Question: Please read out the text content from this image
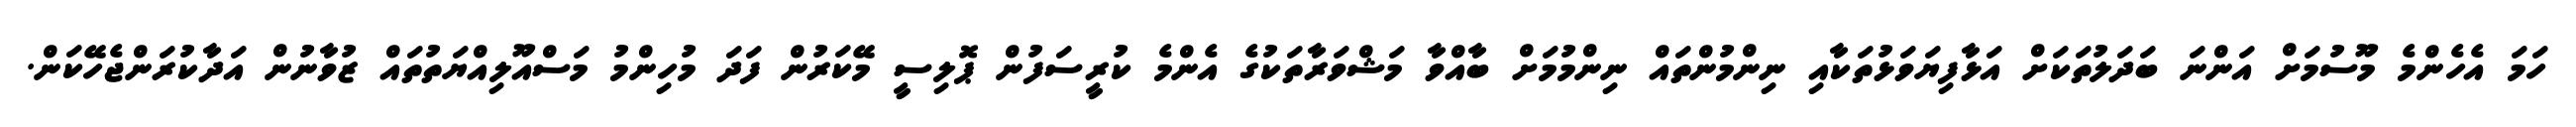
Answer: ހަމަ އެހެންމެ މޫސުމަށް އަންނަ ބަދަލުތަކަށް އަޅާފިޔަވަޅުތަކާއި ނިންމުންތައް ނިންމުމަށް ބާއްވާ މަޝްވަރާތަކުގެ އެންމެ ކުރީސަފުން ޕޮލިސީ މޭކަރުން ފަދަ މުހިންމު މަސްއޫލިއްޔަތުތައް ޒުވާނުން އަދާކުރަންޖެހޭކަން.